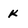
Character: k